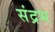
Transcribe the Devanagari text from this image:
संद्रभ